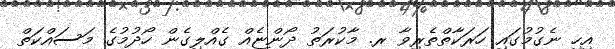
އިހި ނެގުމުގައި ހަރަކާތްތެރިވާ ރ. މާކުރަތު ދޯންޏެއް ގެއްލިގެން ހޯދުމުގެ މަސައްކަތް